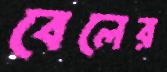
বেলের